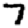
Digit: 7